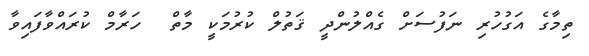
ތިމާގެ އަގުހުރި ނަފުސަށް ގެއްލުންދީ ޤަތުލް ކުރުމަކީ މާތް  ހަރާމް ކުރައްވާފައިވާ